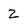
Character: z